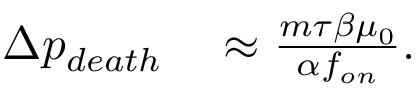
\begin{array} { r l } { \Delta p _ { d e a t h } } & { { } \approx \frac { m \tau \beta \mu _ { 0 } } { \alpha f _ { o n } } . } \end{array}